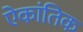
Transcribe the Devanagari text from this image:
ऐकांतिक